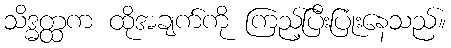
သိဒ္ဓတ္ထက ထိုအချက်ကို ကြည့်ပြီးပြုံးနေသည်။